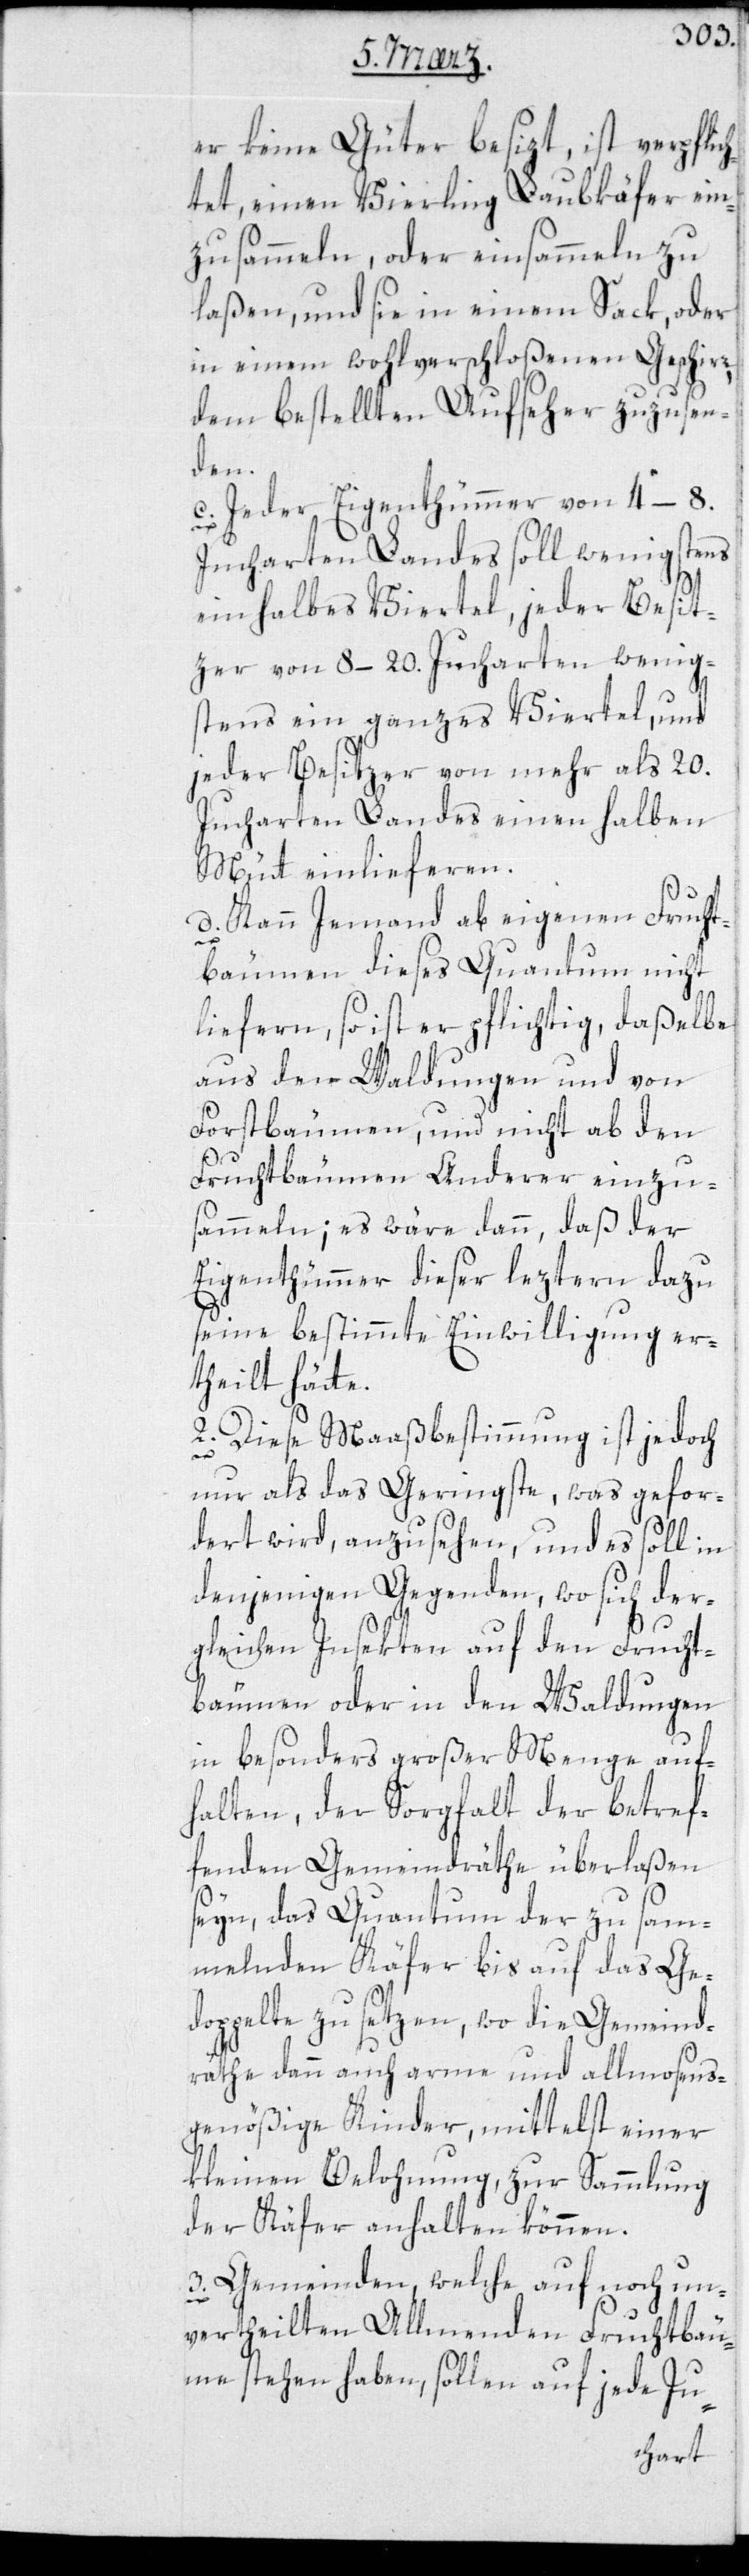
er keine Güter besizt, ist verpflich¬
tet, einen Vierling Laubkäfer ein¬
zusammeln, oder einsammeln zu
laßen, und sie in einem Sack oder
in einem wohlverschloßenen Geschirr
dem bestellten Aufseher zuzusen¬
den.
c. Jeder Eigenthümer von 4–8.
Jucharten Landes soll wenigstens
ein halbes Viertel, jeder Besit¬
zer von 8–20. Jucharten wenig¬
stens ein ganzes Viertel, und
jeder Besitzer von mehr als 20.
Jucharten Landes einen halben
Mütt einlieferen.
d. Kann jemand ab eigenen Frucht¬
bäumen dieses Quantum nicht
liefern, so ist er pflichtig, daßelbe
aus den Waldungen und von
Forstbäumen, und nicht ab den
Fruchtbäumen Anderer einzu¬
sammeln; es wäre dann, daß der
Eigenthümer dieser leztern dazu
seine bestimmte Einwilligung er¬
theilt hätte.
2. Diese Maaßbestimmung ist jedoch
nur als das Geringste, was gefor¬
dert wird, anzusehen, und es soll in
denjenigen Gegenden, wo sich der¬
gleichen Insekten auf den Frucht¬
bäumen oder in den Waldungen
in besonders großer Menge auf¬
halten, der Sorgfalt der betref¬
fenden Gemeindräthe überlaßen
sein, das Quantum der zu sam¬
melnden Käfer bis auf das Ge¬
doppelte zu setzen, wo die Gemeind¬
räthe dann auch arme und allmosens¬
genößige Kinder, mittelst einer
kleinen Belohnung, zur Sammlung
der Käfer anhalten können.
Gemeinden, welche auf noch un¬
3.
vertheilten Allmenden Fruchtbäu¬
me stehen haben, sollen auf jede Ju-